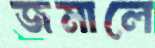
জমালে